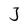
Character: 3